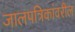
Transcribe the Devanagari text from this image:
जालपत्रिकांवरील